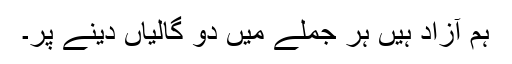
ہم آزاد ہیں ہر جملے میں دو گالیاں دینے پر۔